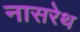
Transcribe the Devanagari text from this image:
नासरेथ